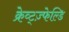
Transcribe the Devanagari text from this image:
क्रेव्ट्ज़्फेल्डि